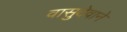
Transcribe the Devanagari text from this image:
वासुदेवाने